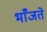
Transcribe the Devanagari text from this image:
भाँजते